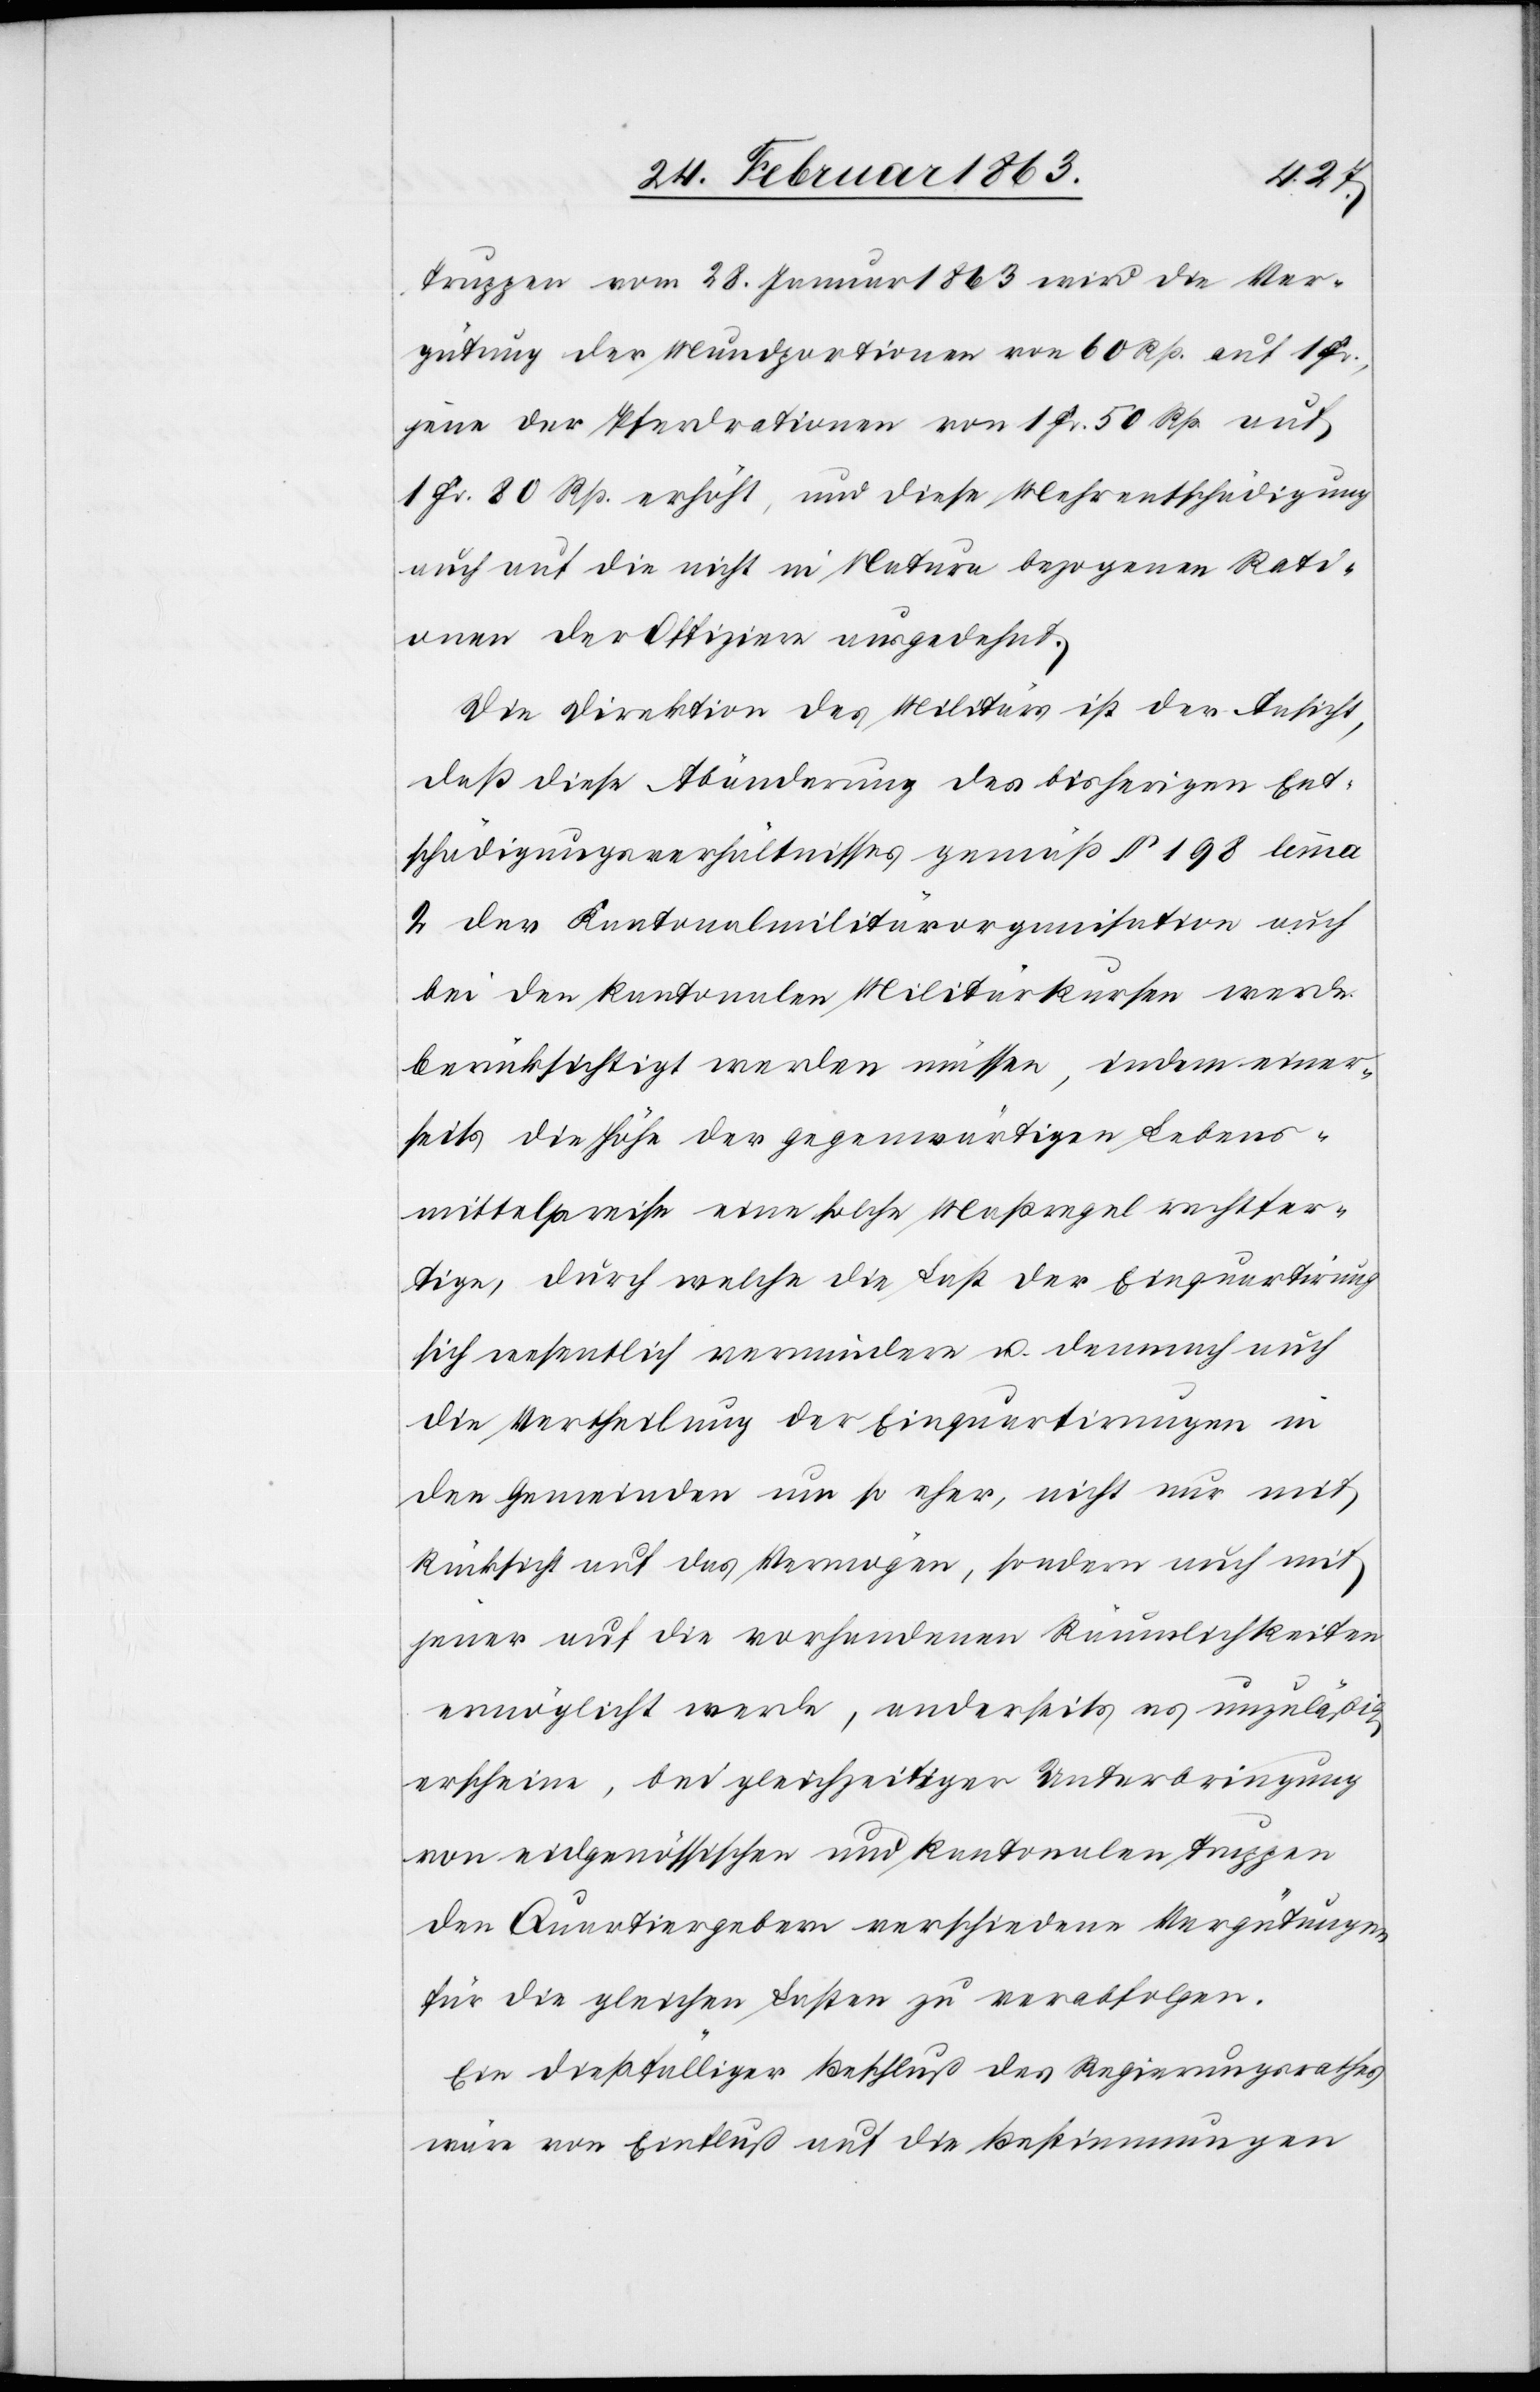
Truppen vom 28. Januar 1863 wird die Ver¬
gütung der Mundportionen von 60 Rp. auf 1
jene der Pferdrationen von 1 Fr. 50 Rp. auf
1 Fr. 80 Rp. erhöht, und diese Mehrentschädigung
auch auf die nicht in Natura bezogenen Rati¬
onen der Offiziere ausgedehnt.
Die Direktion des Militärs ist der Ansicht,
daß diese Abänderung des bisherigen Ent¬
schädigungsverhältnisses gemäß § 198 lemma
2 der Kantonalmilitärorganisation auch
bei den kantonalen Militärkursen werde
berücksichtigt werden müssen, indem einer¬
seits die Höhe der gegenwärtigen Lebens¬
mittelpreise eine solche Maßregel rechtfer¬
tige, durch welche die Last der Einquartirung
sich wesentlich vermindere u. demnach auch
die Vertheilung der Einquartirungen in
den Gemeinden um so eher, nicht nur mit
Rücksicht auf das Vermögen, sondern auch mit
jener auf die vorhandenen Räumlichkeiten
ermöglicht werde, anderseits es unzuläßig
erscheine, bei gleichzeitiger Unterbringung
von eidgenössischen und kantonalen Truppen
den Quartiergebern verschiedene Vergütungen
für die gleichen Lasten zu verabfolgen.
Ein dießfälliger Beschluß des Regierungsrathes
wäre von Einfluß auf die Bestimmungen